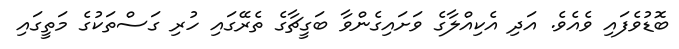
ބޮޑުވެފައި ވެއެވެ. އަދި އެކިއްލާގެ ވަށައިގެންވާ ބަގީޗާގެ ތެރޭގައި ހުރި ގަސްތަކުގެ މަތީގައި